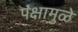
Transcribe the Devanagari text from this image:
पक्षामुळे